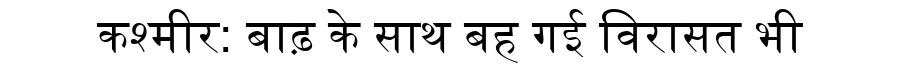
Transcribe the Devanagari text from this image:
कश्मीर: बाढ़ के साथ बह गई विरासत भी